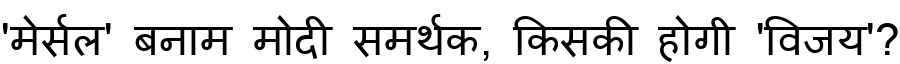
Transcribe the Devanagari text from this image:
'मेर्सल' बनाम मोदी समर्थक, किसकी होगी 'विजय'?